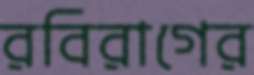
রবিরাগের